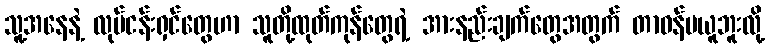
သူ့အနေနဲ့ လုပ်ငန်းရှင်တွေဟာ သူတို့ထုတ်ကုန်တွေရဲ့ အားနည်းချက်တွေအတွက် တာဝန်မယူဘူးလို့